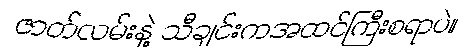
ဇာတ်လမ်းနဲ့ သီချင်းကအထင်ကြီးစရာပဲ။